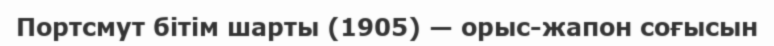
Портсмут бітім шарты (1905) — орыс-жапон соғысын